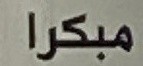
مبكرا